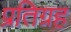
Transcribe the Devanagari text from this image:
प्रतिग्रह